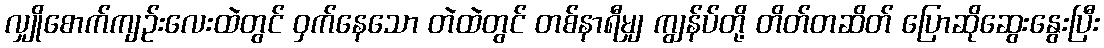
လျှိုစောက်ကျဉ်းလေးထဲတွင် ဝှက်နေသော တဲထဲတွင် တစ်နာရီမျှ ကျွန်ပ်တို့ တိတ်တဆိတ် ပြောဆိုဆွေးနွေးပြီး